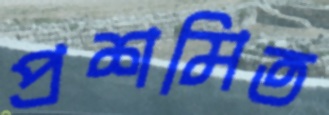
প্রশমিত